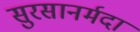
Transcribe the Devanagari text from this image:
सुरसानर्मदा